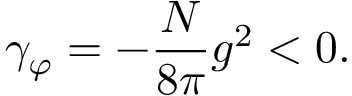
\gamma _ { \varphi } = - \frac { N } { 8 \pi } g ^ { 2 } < 0 .